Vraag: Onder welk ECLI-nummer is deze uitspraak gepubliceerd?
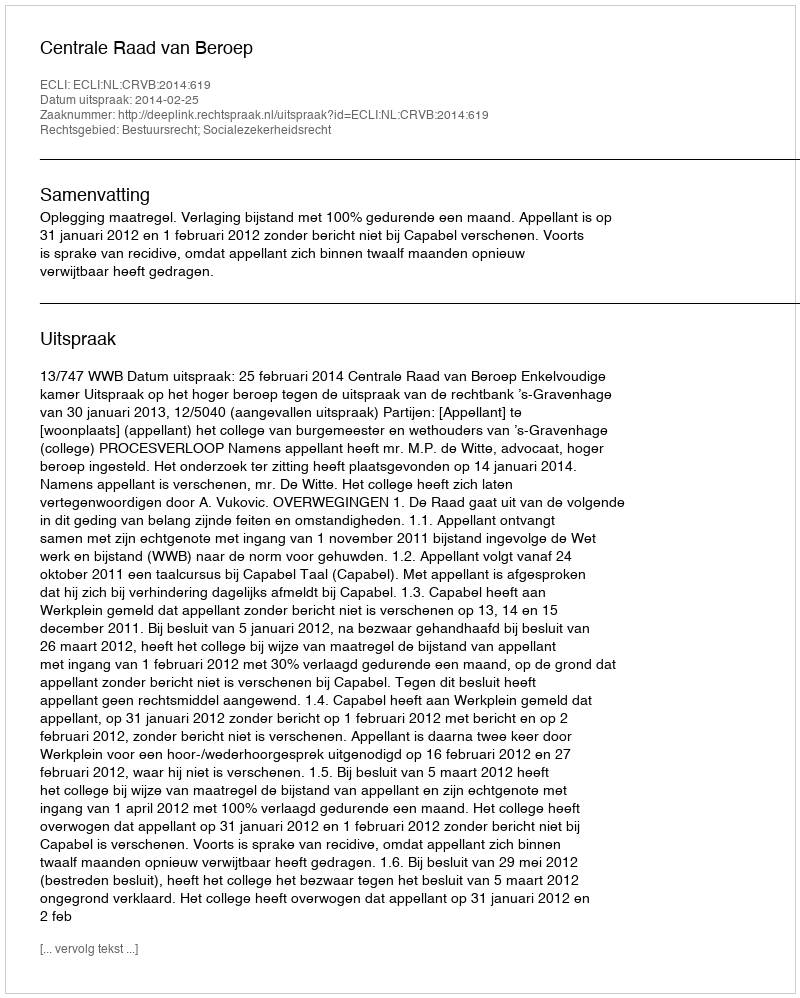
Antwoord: ECLI:NL:CRVB:2014:619